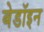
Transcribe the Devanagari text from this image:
बेडॉइन